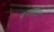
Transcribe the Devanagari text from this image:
बजनेवाले